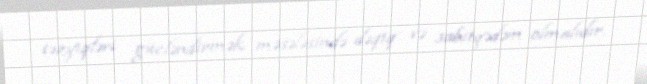
təzyiqləri gücləndirmək məsələsində dəqiq və sabitqədəm olmalıdır.